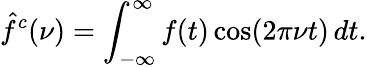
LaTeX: {\hat{f}}^{c}(\nu)=\int_{-\infty}^{\infty}f(t)\cos(2\pi\nu t)\, dt.